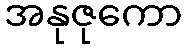
အနုဇုကော